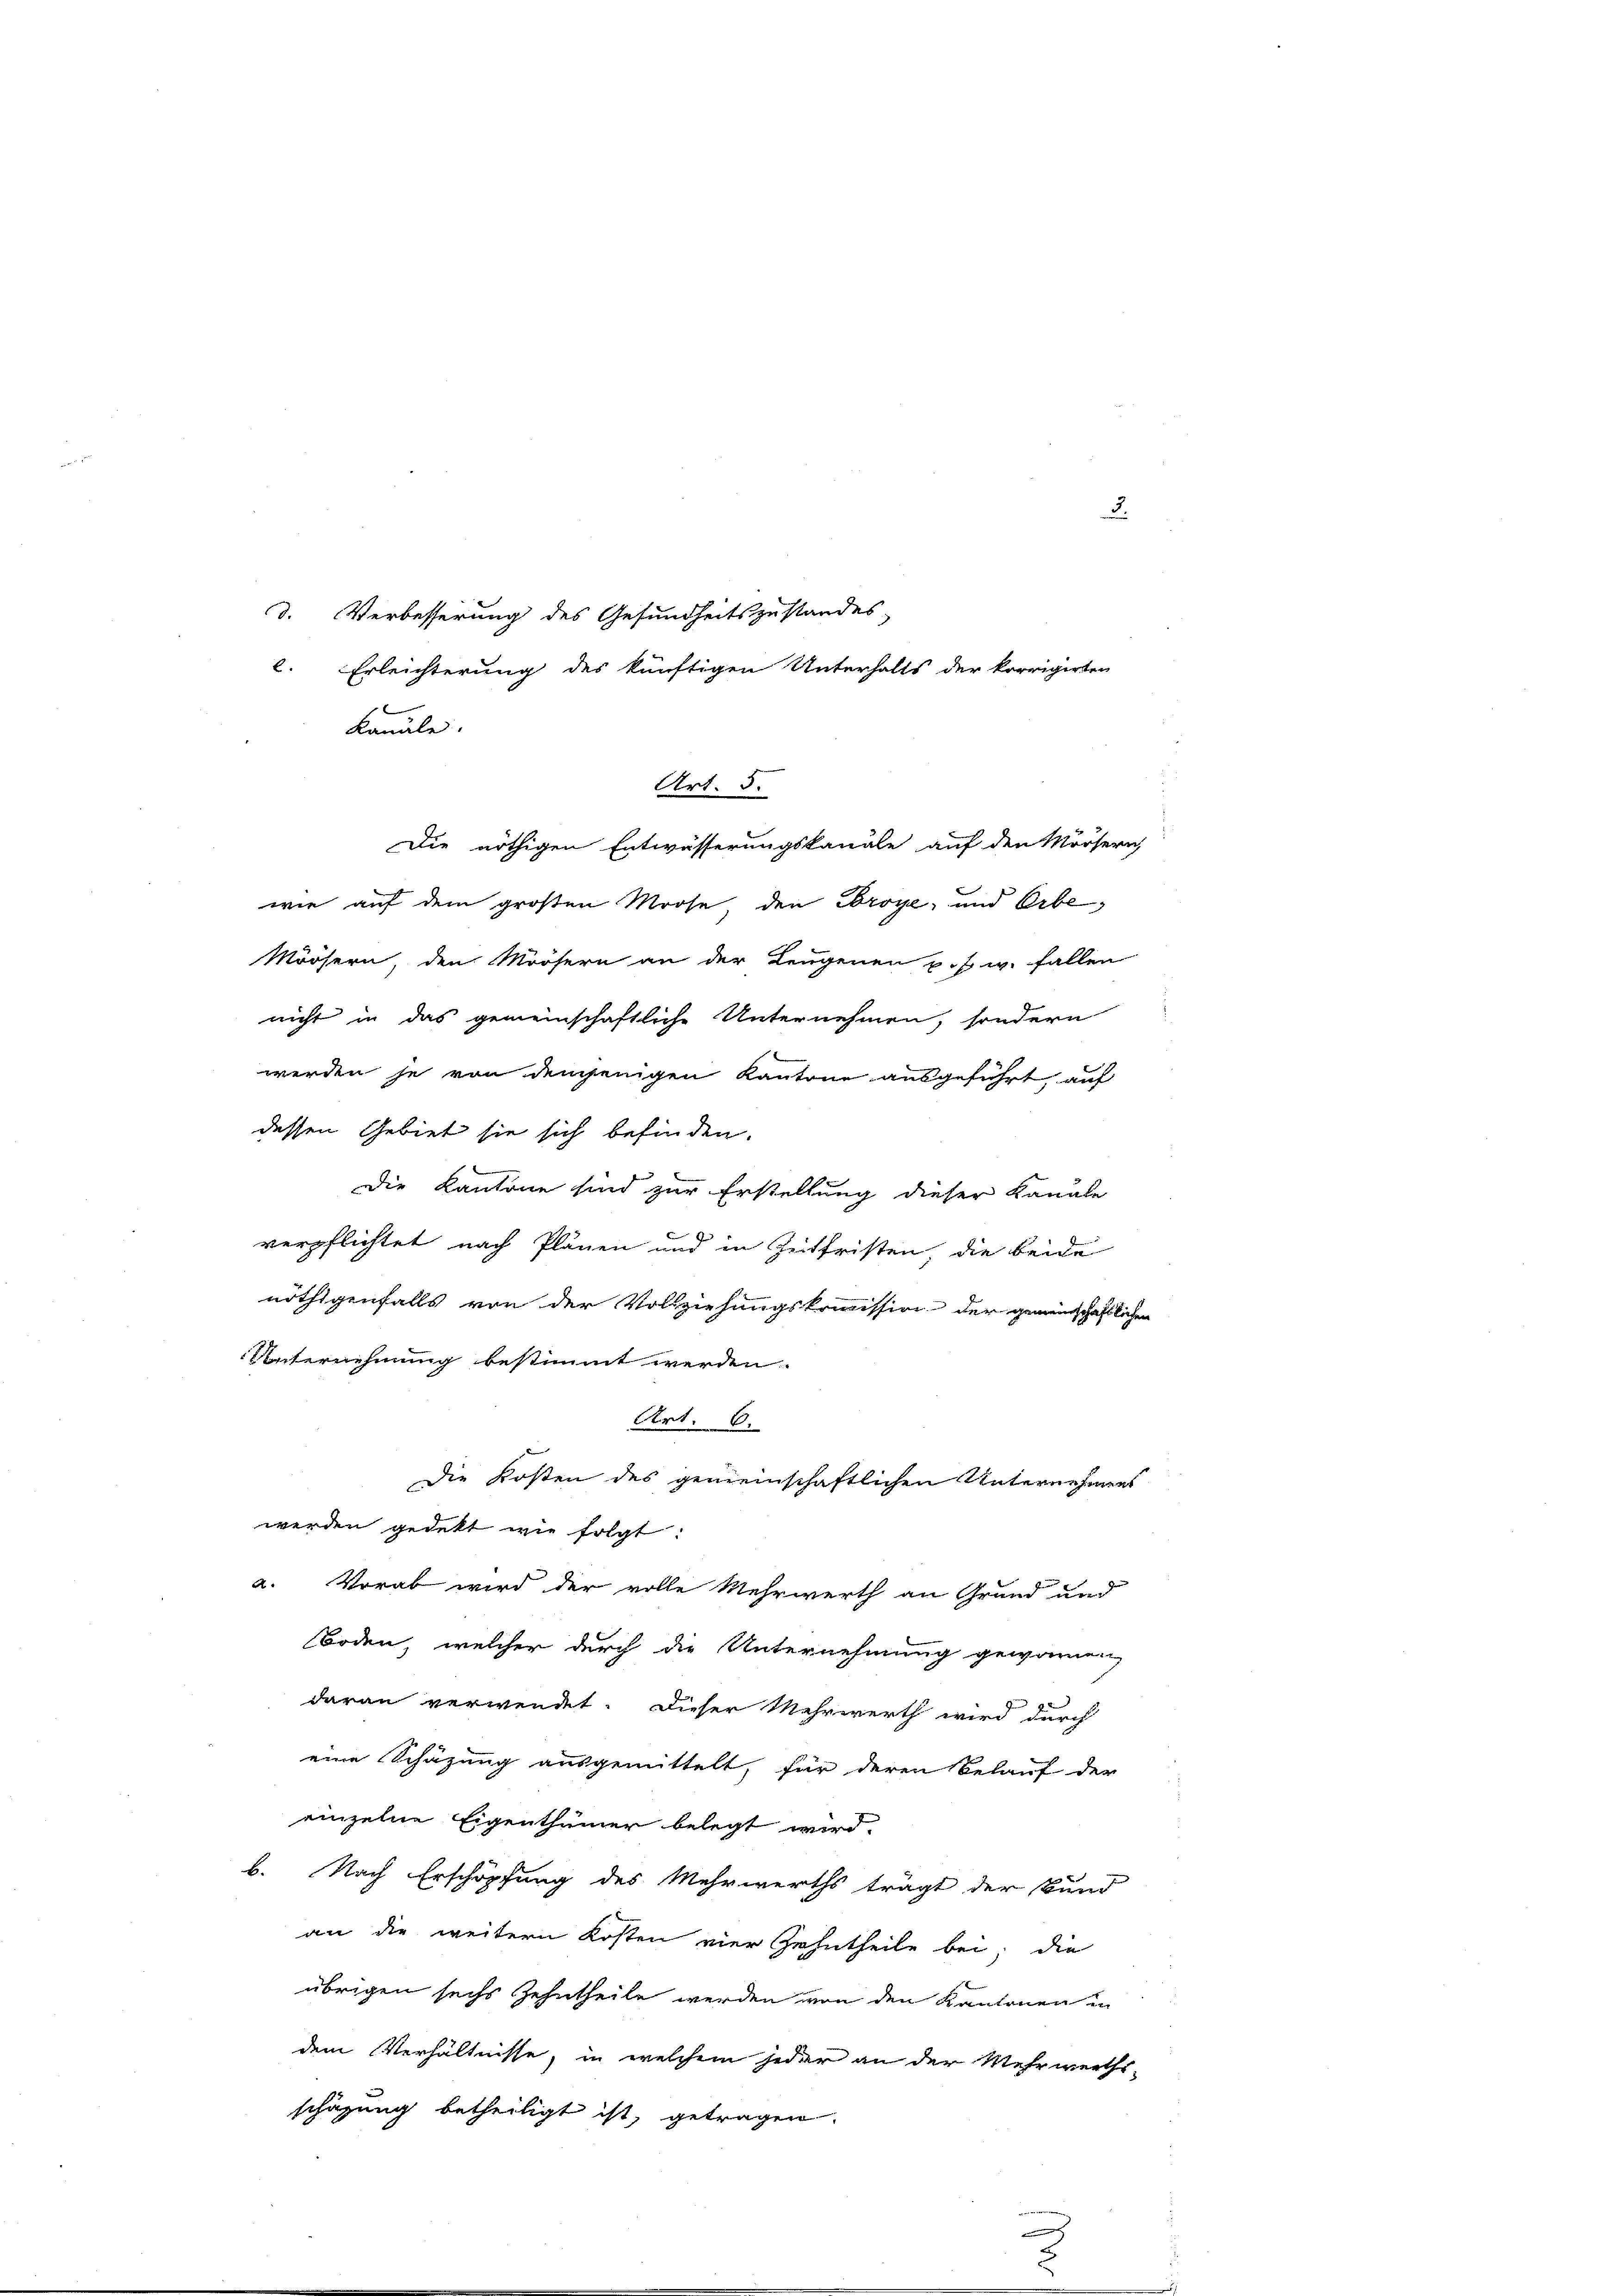
Kanäle.
Die nöthigen Entwässerungskanale auf den Mörserich
wie auf dem großen Moose, den Ebroye, und Erbe
Möösern den Möösern an der Leugenen u. s. w. Fallen
nicht in das gemeinschaftliche Unternehmen, sondern
werden je von demjenigen Kantone ausgeführt auf
dessen Gebiet sie sich befinden.
Die Kantone sind zur Erstellung dieser Kanale
verpflichtet nach Plänen und in Zeitfristen, die beide
nöthigenfalls von der Vollziehungskommission der gemeinschaftlichen
Unternehmung bestimmt werden.
Art: 6.
Die Kosten des gemeinschaftlichen Unternehmens
werden gedekt wie folgt:
a. Vorab wird der volle Mehrwerth an Grund und
Boden, welcher durch die Unternehmung gewonnen,
daran verwendet. Dieser Mehrwerth wird durch
eine Schäzung ausgemittelt, für deren Belauf der
einzelne Eigenthümer belegt wird.
b. Nach Erschöpfung des Mehrwerths trägt der Bund
an die weitern Kosten vier Zehntheile bei; die
übrigen sechs Zehntheile werden von den Kantonen in
dem Verhältnisse, in welchem jeder an der Mehrwerths-
schafung betheiligt ist, getragen.

d. Verbesserung des Gesundheitszustandes
l. Erleichterung des künftigen Unterhalts der korrigirten

Art. 5.

3.